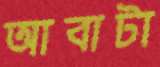
আবাটা